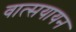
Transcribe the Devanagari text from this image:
वात्सयायन